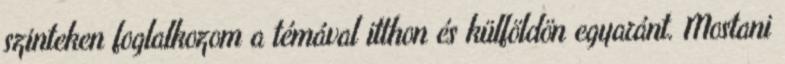
szinteken foglalkozom a témával itthon és külföldön egyaránt. Mostani